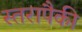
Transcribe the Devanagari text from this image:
स्तरापैकी